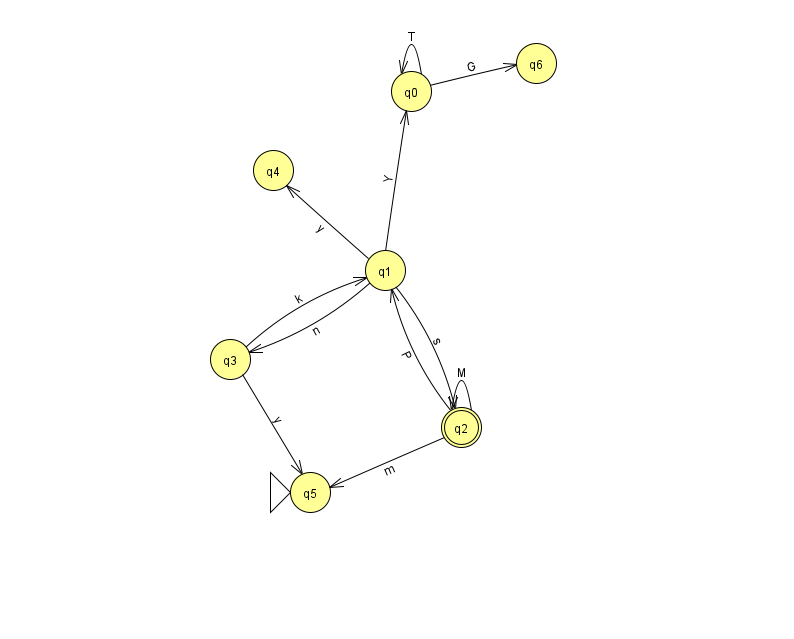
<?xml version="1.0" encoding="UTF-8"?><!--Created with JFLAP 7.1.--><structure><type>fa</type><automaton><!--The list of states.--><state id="0" name="q0"><x>411.0</x><y>78.0</y></state><state id="1" name="q1"><x>385.0</x><y>257.0</y></state><state id="2" name="q2"><x>461.0</x><y>414.0</y><final/></state><state id="3" name="q3"><x>230.0</x><y>346.0</y></state><state id="4" name="q4"><x>273.0</x><y>157.0</y></state><state id="5" name="q5"><x>310.0</x><y>479.0</y><initial/></state><state id="6" name="q6"><x>536.0</x><y>50.0</y></state><!--The list of transitions.--><transition><from>1</from><to>3</to><read>n</read></transition><transition><from>0</from><to>6</to><read>G</read></transition><transition><from>0</from><to>0</to><read>T</read></transition><transition><from>1</from><to>2</to><read>s</read></transition><transition><from>3</from><to>1</to><read>k</read></transition><transition><from>2</from><to>5</to><read>m</read></transition><transition><from>2</from><to>1</to><read>P</read></transition><transition><from>3</from><to>5</to><read>y</read></transition><transition><from>1</from><to>4</to><read>y</read></transition><transition><from>2</from><to>2</to><read>M</read></transition><transition><from>1</from><to>0</to><read>Y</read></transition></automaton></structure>